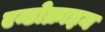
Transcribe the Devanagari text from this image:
एन्डोक्राइन